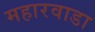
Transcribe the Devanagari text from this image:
महारवाडा